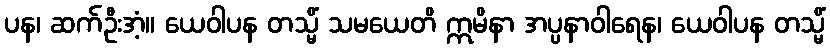
ပန၊ ဆက်ဦးအံ့။ ယေဝါပန တသ္မိံ သမယေတိ ဣမိနာ အပ္ပနာဝါရေန၊ ယေဝါပန တသ္မိံ